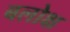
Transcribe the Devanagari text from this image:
बलोक्ष